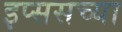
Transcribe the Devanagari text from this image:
इप्ससच्या